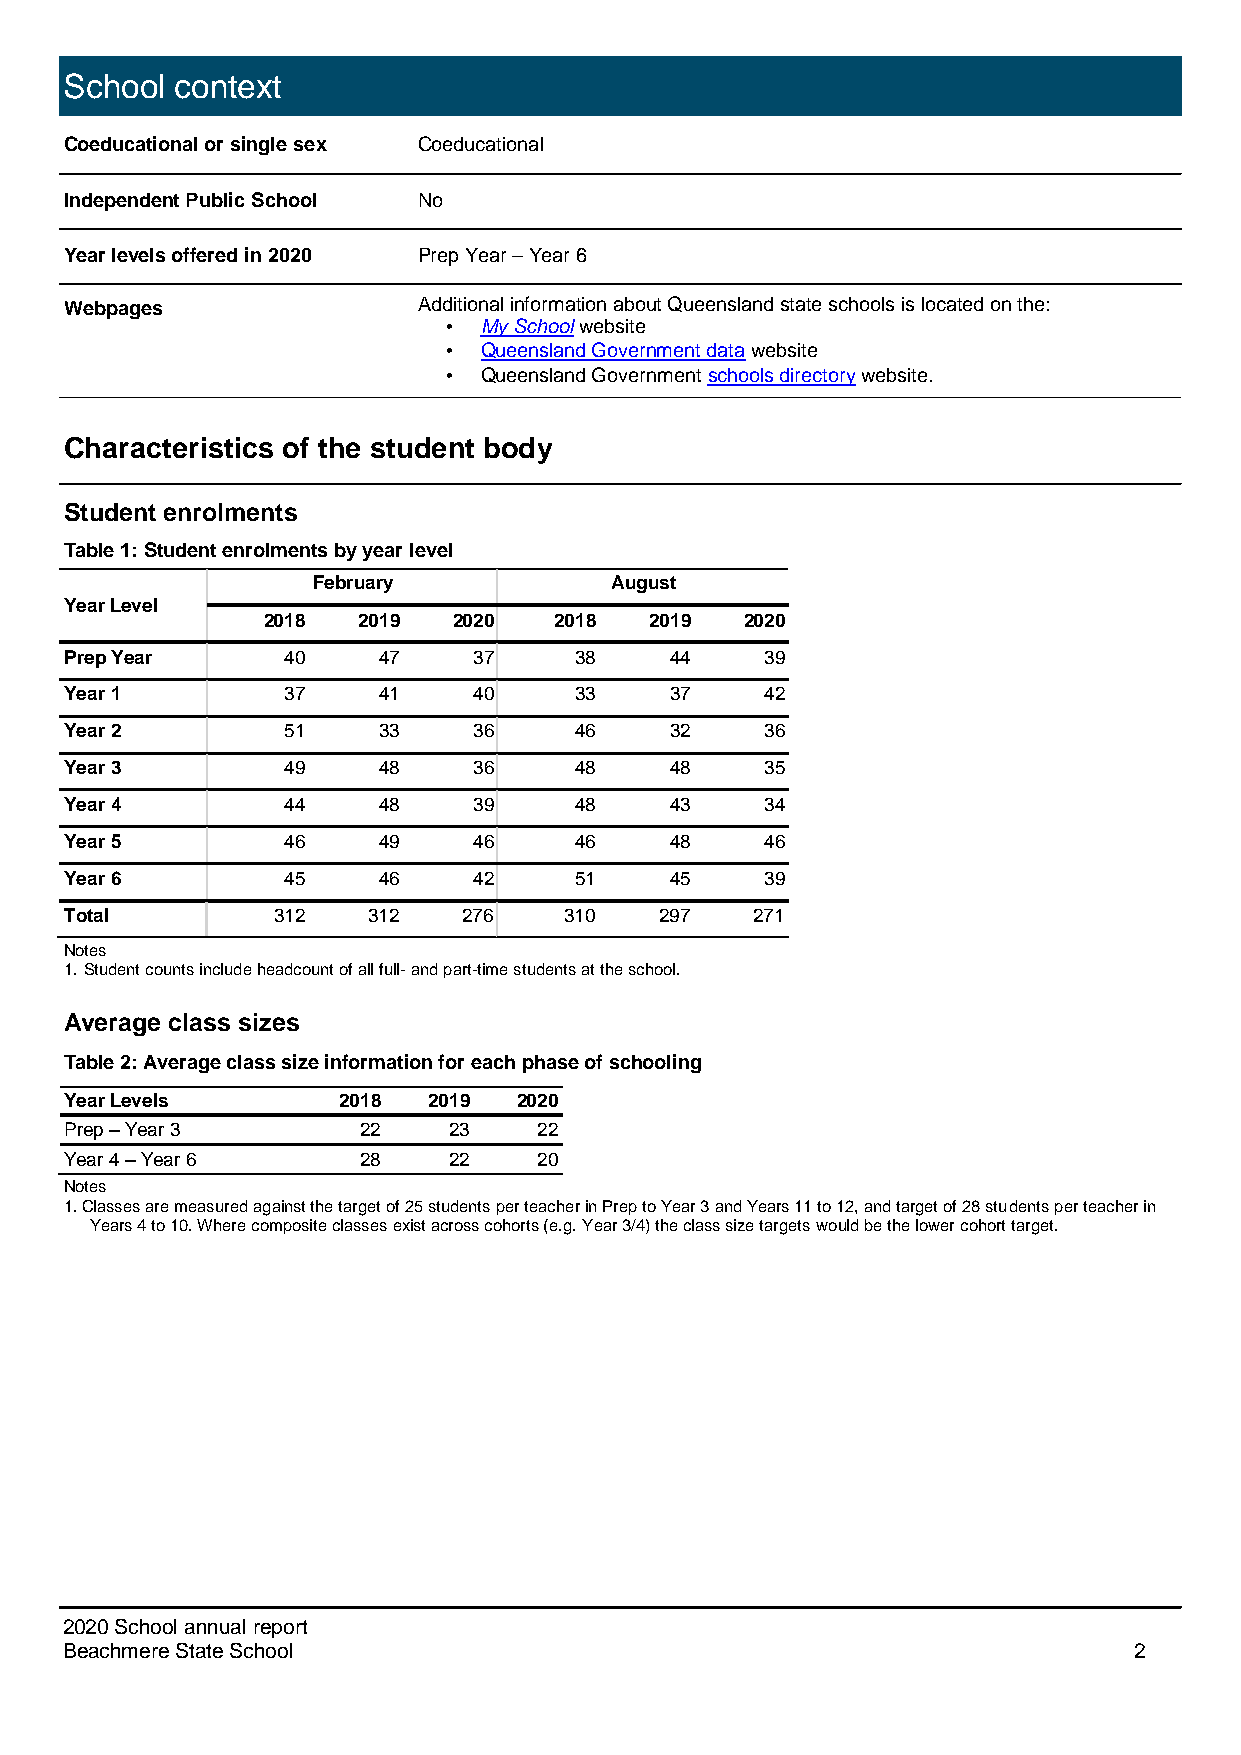
School  context
 Coeducational or single sex Coeducational
 Independent Public School No
 Year levels offered in 2020 Prep Year – Year 6
 Webpages                Additional information about Queensland state schools is located on the:
 •  My School website
 •  Queensland Government data website
 •  Queensland Government schools directory website.
 Characteristics of the student body
 Student enrolments
 Table 1: Student enrolments by year level
 February           August
 Year Level
 2018   2019  2020   2018  2019  2020
 Prep Year      40    47    37     38    44     39
 Year 1         37    41    40     33    37     42
 Year 2         51    33    36     46    32     36
 Year 3         49    48    36     48    48     35
 Year 4         44    48    39     48    43     34
 Year 5         46    49    46     46    48     46
 Year 6         45    46    42     51    45     39
 Total         312   312    276   310    297   271
 Notes
 1. Student counts include headcount of all full- and part-time students at the school.
 Average class sizes
 Table 2: Average class size information for each phase of schooling
 Year Levels       2018  2019  2020
 Prep – Year 3       22    23    22
 Year 4 – Year 6     28    22    20
 Notes
 1. Classes are measured against the target of 25 students per teacher in Prep to Year 3 and Years 11 to 12, and target of 28 students per teacher in
 Years 4 to 10. Where composite classes exist across cohorts (e.g. Year 3/4) the class size targets would be the lower cohort target.
 2020 School annual report
 Beachmere State School                                                 2